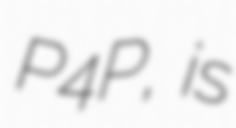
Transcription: P4P, is